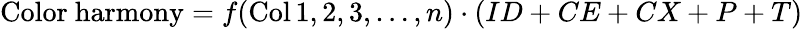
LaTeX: {\mathrm{Color~harmony}}=f(\operatorname{Col}1,2,3,\dots,n)\cdot(ID+CE+CX+P+T)